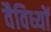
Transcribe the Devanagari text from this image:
वैविध्यों